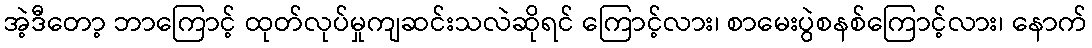
အဲ့ဒီတော့ ဘာကြောင့် ထုတ်လုပ်မှုကျဆင်းသလဲဆိုရင် ကြောင့်လား၊ စာမေးပွဲစနစ်ကြောင့်လား၊ နောက်